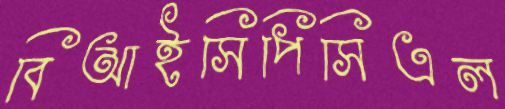
বিআইসিপিসিএল